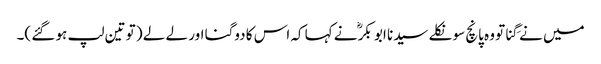
میں نے گِنا تو وہ پانچ سو نکلے سیدنا ابو بکرؓ نے کہا کہ اس کا دوگنا اور لے لے ( تو تین لپ ہو گئے )۔